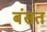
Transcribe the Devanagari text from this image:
बंसत